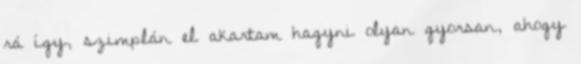
rá így, szimplán el akartam hagyni olyan gyorsan, ahogy